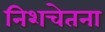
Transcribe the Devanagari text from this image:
निशचेतना